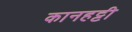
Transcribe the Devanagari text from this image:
कानहट्टी